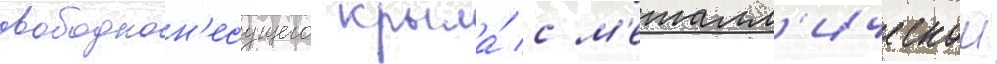
свободнон'есущего крыла́ с м'еталл'ическои